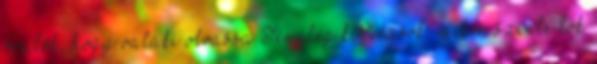
örülök, hogy valaki olvassa Tényleg kihívások, mikor szinte tök